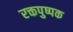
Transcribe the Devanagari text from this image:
रक्तपुष्पक